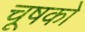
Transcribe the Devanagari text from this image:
चूषको